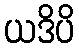
ယဒိပိ